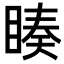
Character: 𭿅